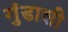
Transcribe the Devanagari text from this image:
गुंडाशी